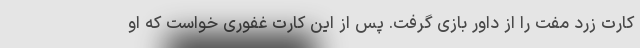
کارت زرد مفت را از داور بازی گرفت. پس از این کارت غفوری خواست که او